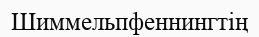
Шиммельпфеннингтің